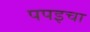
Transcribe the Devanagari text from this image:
पपइचा